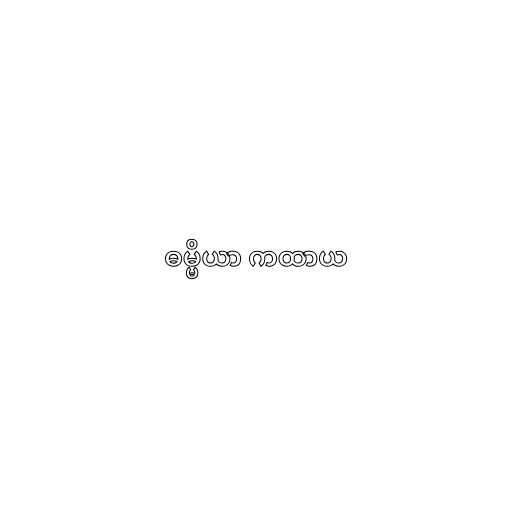
ဓမ္မိယာ ကထာယ